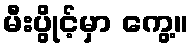
မီးပွိုင့်မှာ ကွေ့။